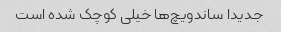
جدیدا ساندویچ‌ها خیلی کوچک شده است